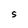
Character: S